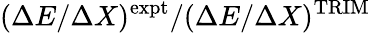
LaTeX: (\Delta E/\Delta X)^{\mathrm{expt}}/(\Delta E/\Delta X)^{\mathrm{TRIM}}